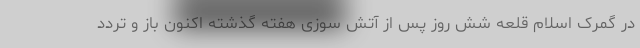
در گمرک اسلام قلعه شش روز پس از آتش سوزی هفته گذشته اکنون باز و تردد